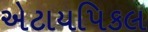
એટાયપિકલ